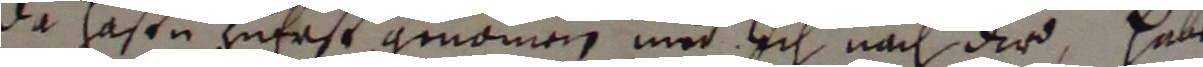
Da hastn zuerst geomen und ich nach die habe